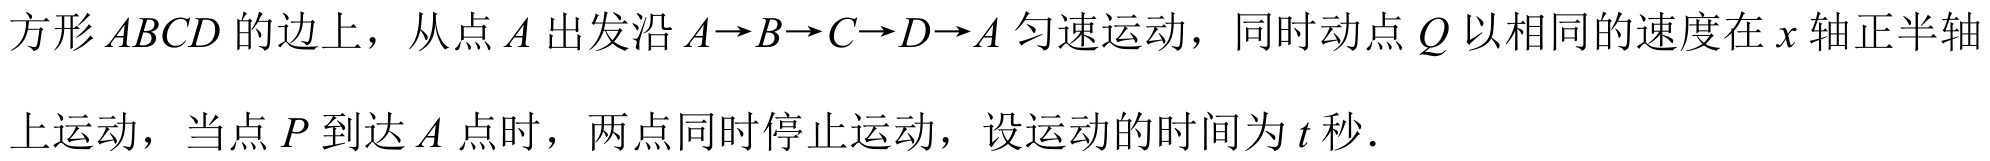
方形 \(ABCD\) 的边上，从点 \(A\) 出发沿 \(A\rightarrow B\rightarrow C\rightarrow D\rightarrow A\) 匀速运动，同时动点 \(Q\) 以相同的速度在 \(x\) 轴正半轴
上运动，当点 \(P\) 到达 \(A\) 点时，两点同时停止运动，设运动的时间为 \(t\) 秒．